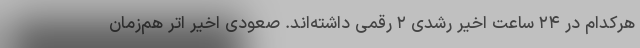
هرکدام در ۲۴ ساعت اخیر رشدی ۲ رقمی داشته‌اند. صعودی اخیر اتر هم‌زمان